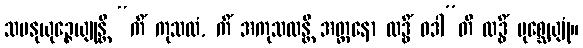
သမနုယုဉ္ဇေယျုန္တိ “ကိံ ကုသလံ, ကိံ အကုသလန္တိ အတ္တနော လဒ္ဓိံ ဝဒါ”တိ လဒ္ဓိံ ပုစ္ဆေယျုံ။